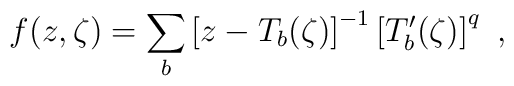
f(z,\zeta)=\sum_b\left[ z-T_b(\zeta )\right] ^{-1} \left[ T'_b(\zeta )\right] ^q\ ,